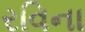
રવિના